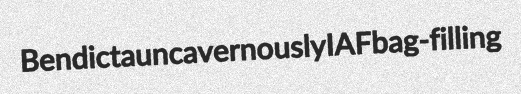
Bendicta uncavernously IAF bag-filling